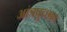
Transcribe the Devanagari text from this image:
आंत्रपुच्छात